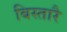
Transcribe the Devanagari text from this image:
बिस्तारै